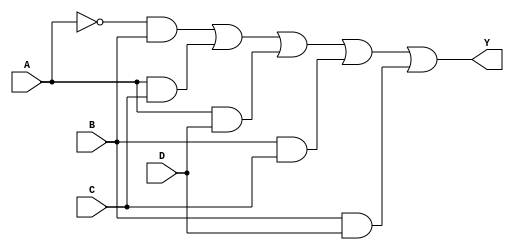
module sop_simplified (
    input wire A,  // Input A
    input wire B,  // Input B
    input wire C,  // Input C
    input wire D,  // Input D
    output wire Y  // Output Y
);

// Simplified SOP expression based on identified minterms
// For example, let's say the minterms are 1, 2, 5, 6, and 7
// The corresponding simplified SOP expression could be:
// Y = A'B + AC + AD + BC + BD
// This is just an example; you should replace it with your actual simplified expression.

wire A_not, B_not, C_not, D_not;
wire term1, term2, term3, term4, term5;

// Inverting inputs
not (A_not, A);
not (B_not, B);
not (C_not, C);
not (D_not, D);

// Generating product terms
and (term1, A_not, B); // A'B
and (term2, A, C);     // AC
and (term3, A, D);     // AD
and (term4, B, C);     // BC
and (term5, B, D);     // BD

// Combining product terms using OR
or (Y, term1, term2, term3, term4, term5);

endmodule